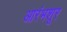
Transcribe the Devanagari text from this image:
आरंभशूर